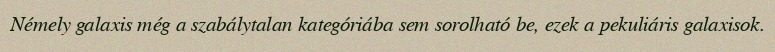
Némely galaxis még a szabálytalan kategóriába sem sorolható be, ezek a pekuliáris galaxisok.